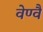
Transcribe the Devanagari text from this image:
वेण्वै